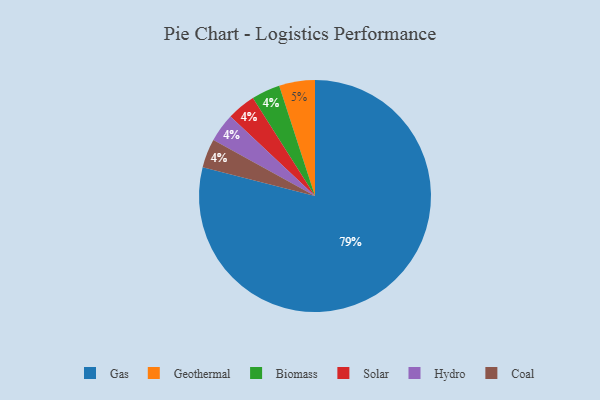
{"axis": {"x": "Category", "y": "Percentage"}, "legend": ["Biomass", "Coal", "Gas", "Geothermal", "Hydro", "Solar"], "data": [{"x": "Gas", "y": 79, "type": "Gas"}, {"x": "Biomass", "y": 4, "type": "Biomass"}, {"x": "Solar", "y": 4, "type": "Solar"}, {"x": "Geothermal", "y": 5, "type": "Geothermal"}, {"x": "Hydro", "y": 4, "type": "Hydro"}, {"x": "Coal", "y": 4, "type": "Coal"}]}